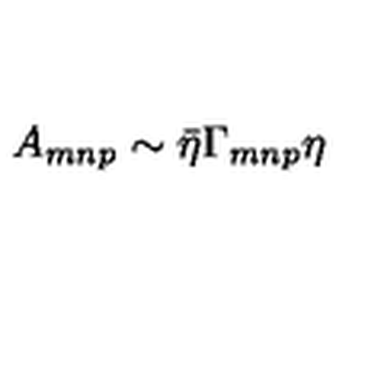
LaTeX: A _ { m n p } \sim { \bar { \eta } } \Gamma _ { m n p } \eta